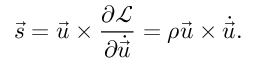
\vec { s } = \vec { u } \times \frac { \partial \mathcal { L } } { \partial \dot { \vec { u } } } = \rho \vec { u } \times \dot { \vec { u } } .